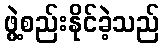
ဖွဲ့စည်းနိုင်ခဲ့သည်